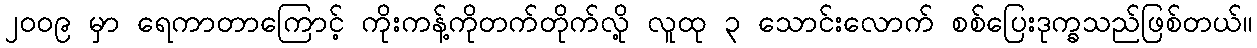
၂၀၀၉ မှာ ရေကာတာကြောင့် ကိုးကန့်ကိုတက်တိုက်လို့ လူထု ၃ သောင်းလောက် စစ်ပြေးဒုက္ခသည်ဖြစ်တယ်။